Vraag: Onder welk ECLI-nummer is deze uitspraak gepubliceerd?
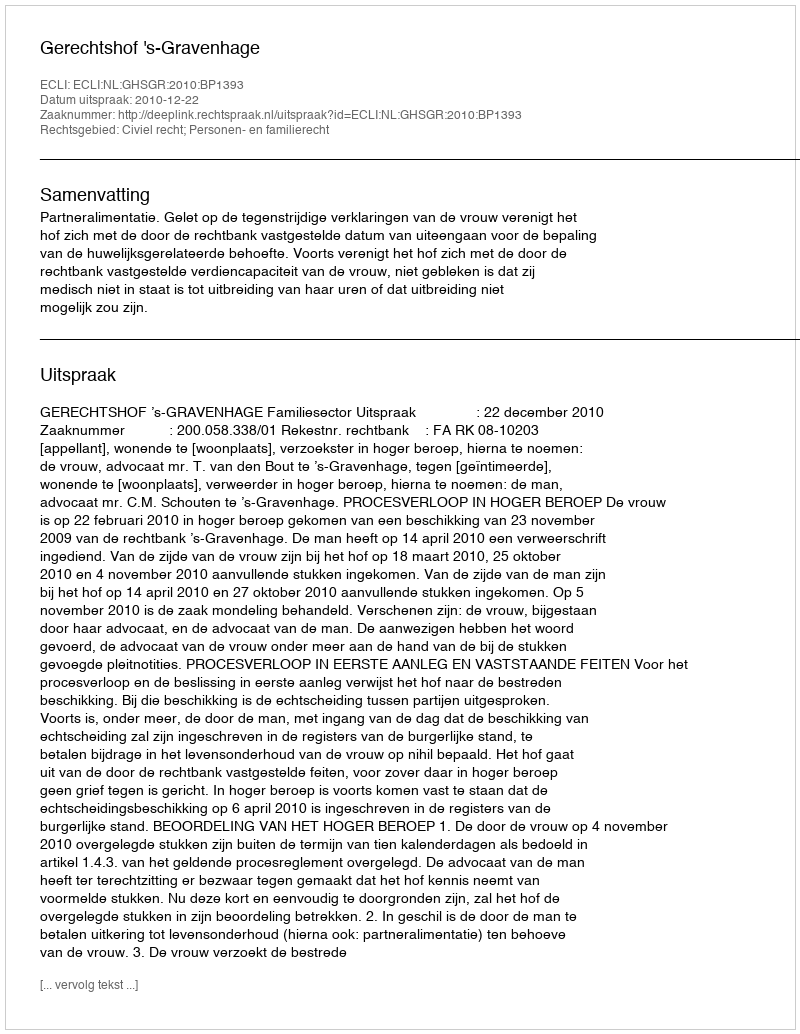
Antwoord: ECLI:NL:GHSGR:2010:BP1393